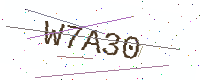
Text: W7A30